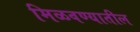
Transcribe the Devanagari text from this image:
मिळवण्यातील